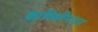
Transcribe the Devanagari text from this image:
काविळीमधून